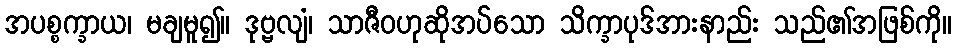
အပစ္စက္ခာယ၊ မချမူ၍။ ဒုဗ္ဗလျံ၊ သာဇီဝဟုဆိုအပ်သော သိက္ခာပုဒ်အားနာည်း သည်၏အဖြစ်ကို။